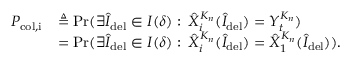
\begin{array} { r l } { P _ { \mathrm { c o l , i } } } & { \triangleq \operatorname* { P r } ( \exists \hat { I } _ { \mathrm { d e l } } \in I ( \delta ) : \: \hat { X } _ { i } ^ { K _ { n } } ( \hat { I } _ { \mathrm { d e l } } ) = Y _ { t } ^ { K _ { n } } ) } \\ & { = \operatorname* { P r } ( \exists \hat { I } _ { \mathrm { d e l } } \in I ( \delta ) : \: \hat { X } _ { i } ^ { K _ { n } } ( \hat { I } _ { \mathrm { d e l } } ) = \hat { X } _ { 1 } ^ { K _ { n } } ( \hat { I } _ { \mathrm { d e l } } ) ) . } \end{array}